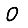
Digit: 0